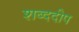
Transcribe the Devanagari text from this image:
शब्ददीप